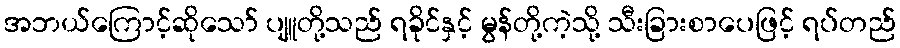
အဘယ်ကြောင့်ဆိုသော် ပျူတို့သည် ရခိုင်နှင့် မွန်တို့ကဲ့သို့ သီးခြားစာပေဖြင့် ရပ်တည်